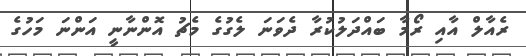
ރެއާލް އާއި ރޯމާ ބައްދަލުކުރާ ދެވަނަ ލެގުގެ މެޗު އޮންނާނީ އަންނަ މަހުގެ